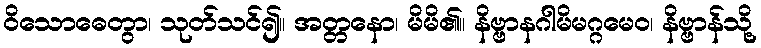
ဝိသောဓေတွာ၊ သုတ်သင်၍။ အတ္တနော၊ မိမိ၏။ နိဗ္ဗာနဂါမိမဂ္ဂမေဝ၊ နိဗ္ဗာန်သို့